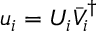
u _ { i } = U _ { i } \bar { V } _ { i } ^ { \dagger }